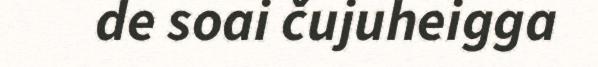
de soai čujuheigga